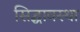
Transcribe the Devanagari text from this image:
सिद्घावस्था